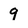
Character: 9